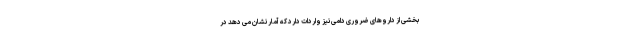
بخشی از داروهای ضروری دامی نیز واردات دارد که آمار نشان می دهد در